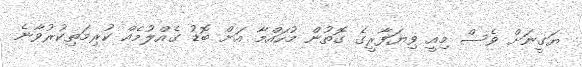
ޔަގީނަށް ވެސް މިއީ ވިޔަފާރީގެ ގޮތުން މުހައްމާ އަށް ބޮޑު ގެއްލުމެއް ކުރިމަތިކުރުވާނެ